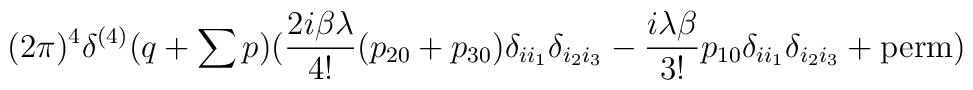
{\displaystyle(2\pi)^4\delta^{(4)}(q+\sum p)(\frac{2i\beta\lambda}{4!}(p_{20}+p_{30})\delta_{ii_1}\delta_{i_2i_3}-\frac{i\lambda\beta}{3!}p_{10}\delta_{ii_1}\delta_{i_2i_3}+\mbox{\rm perm})}